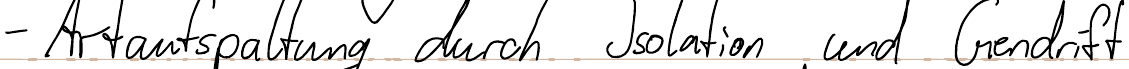
- Artaufspaltung durch Isolation und Gendrift